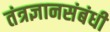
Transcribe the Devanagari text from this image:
तंत्रज्ञानसंबंधी